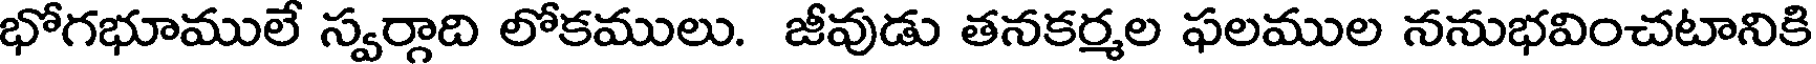
భోగభూములే స్వర్గాది లోకములు. జీవుడు తనకర్మల ఫలముల ననుభవించటానికి